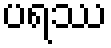
ပရဿ